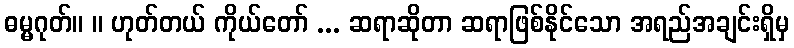
ဓမ္မဂုတ်။ ။ ဟုတ်တယ် ကိုယ်တော် ... ဆရာဆိုတာ ဆရာဖြစ်နိုင်သော အရည်အချင်းရှိမှ